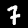
Digit: 7